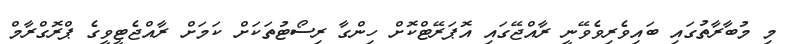
މި މުބާރާތުގައި ބައިވެރިވެވޭނީ ރާއްޖޭގައި އޮޕަރޭޓްކޮށް ހިންގާ ރިސޯޓުތަކަށް ކަމަށް ރާއްޖެޓީވީގެ ޕްރޮގްރާމް